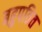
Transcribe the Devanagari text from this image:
बहुपठित